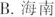
B. 海南